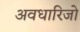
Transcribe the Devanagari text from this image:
अवधारिजो